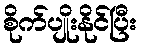
စိုက်ပျိုးနိုင်ပြီး